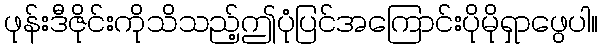
ဖုန်းဒီဇိုင်းကိုသိသည့်ဤပုံပြင်အကြောင်းပိုမိုရှာဖွေပါ။